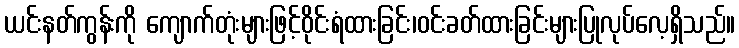
ယင်းနတ်ကွန်းကို ကျောက်တုံးများဖြင့်ဝိုင်းရံထားခြင်း၊ဝင်းခတ်ထားခြင်းများပြုလုပ်လေ့ရှိသည်။